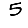
Digit: 5